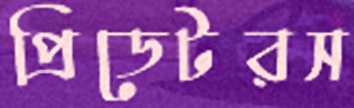
প্রিডেটরস